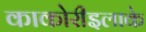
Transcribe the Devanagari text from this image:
काकोरीइलाके